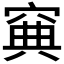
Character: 𥦟